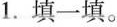
1.填一填。